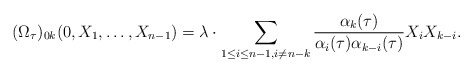
\begin{align*}(\Omega_{\tau})_{0k}(0,X_1,\ldots,X_{n-1})=\lambda \cdot \sum_{1\leq i \leq n-1, i \neq n-k} \frac{\alpha_{k}(\tau)}{\alpha_i(\tau) \alpha_{k-i}(\tau)} X_{i}X_{k-i}.\end{align*}